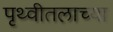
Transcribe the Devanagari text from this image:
पृथ्वीतलाच्या